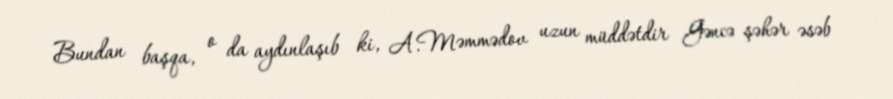
Bundan başqa, o da aydınlaşıb ki, A.Məmmədov uzun müddətdir Gəncə şəhər əsəb